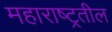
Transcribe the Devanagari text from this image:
महाराष्ट्रतील